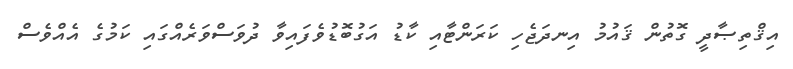
އިޤްތިޞާދީ ގޮތުން ޤައުމު އިނދަޖެހި ކަރަންޓާއި ކާޑު އަގުބޮޑުވެފައިވާ ދުވަސްވަރެއްގައި ކަމުގެ އެއްވެސް